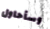
وسأحاول